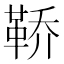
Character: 鞒